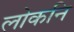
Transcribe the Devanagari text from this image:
लोकनि